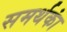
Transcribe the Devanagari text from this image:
समर्थकां